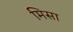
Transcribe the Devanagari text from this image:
मिसा